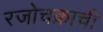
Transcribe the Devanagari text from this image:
रजोचक्राची